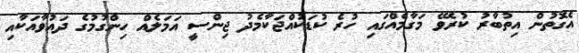
އެގޮތުން އިތުބާރު ކުރެވޭ މަގާމެއްގައި ހުރެ ކުޑަކުއްޖަކާމެދު ޖިންސީ އަމަލެއް ހިންގުމުގެ ދައުވާއަކާއި